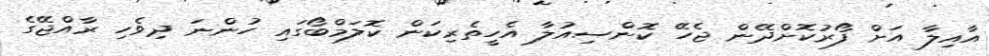
އާއިލާ އަށް ފޯރުކޮށްދޭން ޖެހޭ ކޮންސިއުލާ އެހީތެރިކަން ކޮލަމްބޯގައި ހުންނަ ދިވެހި ރާއްޖޭގެ